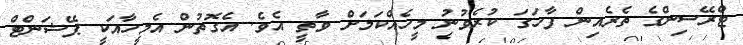
ޓްރޭސިންގެ ތެރެއިން ފާހަގަ ކުރެވުނު މީހެއްކަމަށް ވާތީ އެވެ. އެގޮތުން އެމީހާއަކީ ޕޭޝަންޓް